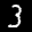
Label: 3